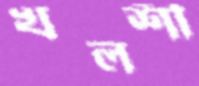
খলশী